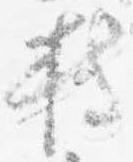
持